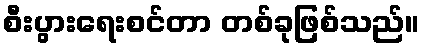
စီးပွားရေးစင်တာ တစ်ခုဖြစ်သည်။